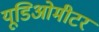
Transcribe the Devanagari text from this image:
यूडिओमीटर